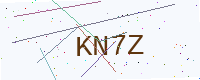
Text: KN7Z